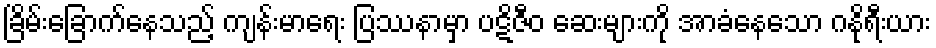
ခြိမ်းခြောက်နေသည့် ကျန်းမာရေး ပြဿနာမှာ ပဋိဇီဝ ဆေးများကို အာခံနေသော ဂနိုရီးယား